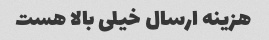
هزینه ارسال خیلی بالا هست